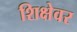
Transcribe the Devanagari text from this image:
शिक्षेवर